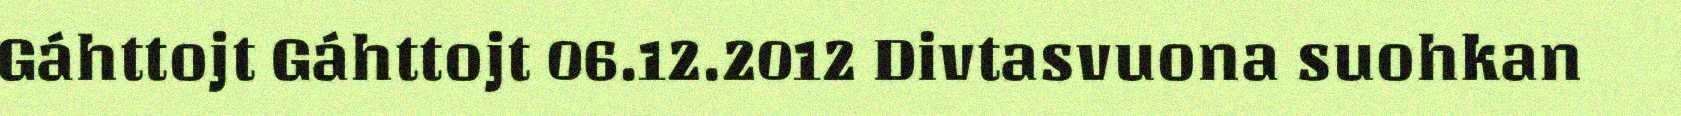
Gáhttojt Gáhttojt 06.12.2012 Divtasvuona suohkan